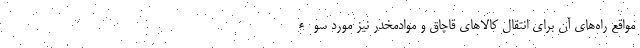
مواقع راه‌های آن برای انتقال کالاهای قاچاق و موادمخدر نیز مورد سوء